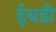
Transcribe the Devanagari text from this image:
ईबडी